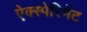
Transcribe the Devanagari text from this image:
ऐक्स्पेरिमेंट